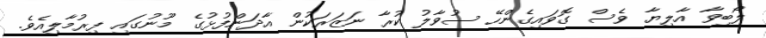
ލޯބިވާ އާލިޔާ ވެސް ގޮވައިގެންހޭ ސުވާލު ކުރާ ނަޒަރަކުން އާދަންފުޅުގެ މޫނުގައި ފިރުމާލިއެވެ.